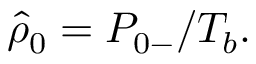
\begin{array} { r } { \hat { \rho } _ { 0 } = { P } _ { 0 - } / T _ { b } . } \end{array}